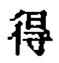
得